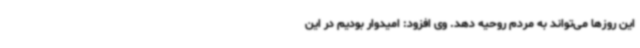
این روزها می‌تواند به مردم روحیه دهد. وی افزود: امیدوار بودیم در این